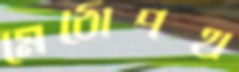
মেঠোপথ